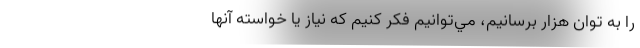
را به توان هزار برسانيم، مي‌توانيم فكر كنيم كه نياز يا خواسته آنها